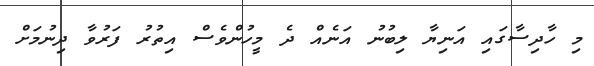
މި ހާދިސާގައި އަނިޔާ ލިބުނު އަނެއް ދެ މީހުންވެސް އިތުރު ފަރުވާ ދިނުމަށް